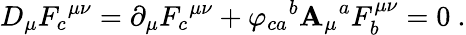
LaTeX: D_{\mu}{F_{c}}^{\mu\nu}=\partial_{\mu}{F_{c}}^{\mu\nu}+{\varphi_{ca}}^{b}{\mathbf{A}_{\mu}}^{a}F_{b}^{\mu\nu}=0~.